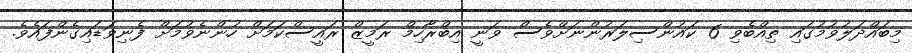
މިބައްދަލުވުމުގައި ތިއްބެވި 6 ކައުންސިލަރުންނަށްވެސް ވަނީ އިބްރާހިމް ރަމީޒް ރައީސްކަމަށް ހުންނެވުމަށް ފެނިވަޑައިގެންފައެވެ.